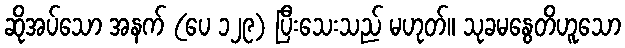
ဆိုအပ်သော အနက် (ပေ ၁၂၉) ပြီးသေးသည် မဟုတ်။ သုခမနွေတိဟူသော